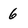
Character: 6